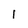
Character: i